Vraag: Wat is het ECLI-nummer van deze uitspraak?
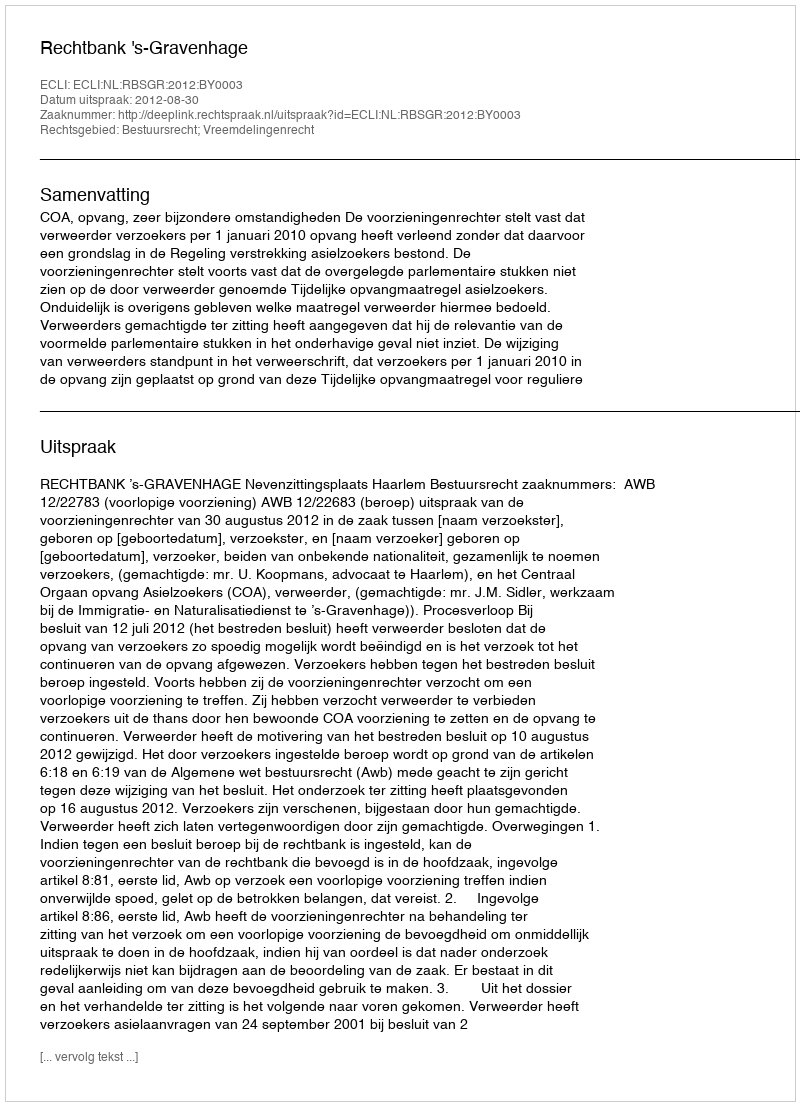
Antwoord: ECLI:NL:RBSGR:2012:BY0003